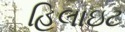
હિલાઇટ